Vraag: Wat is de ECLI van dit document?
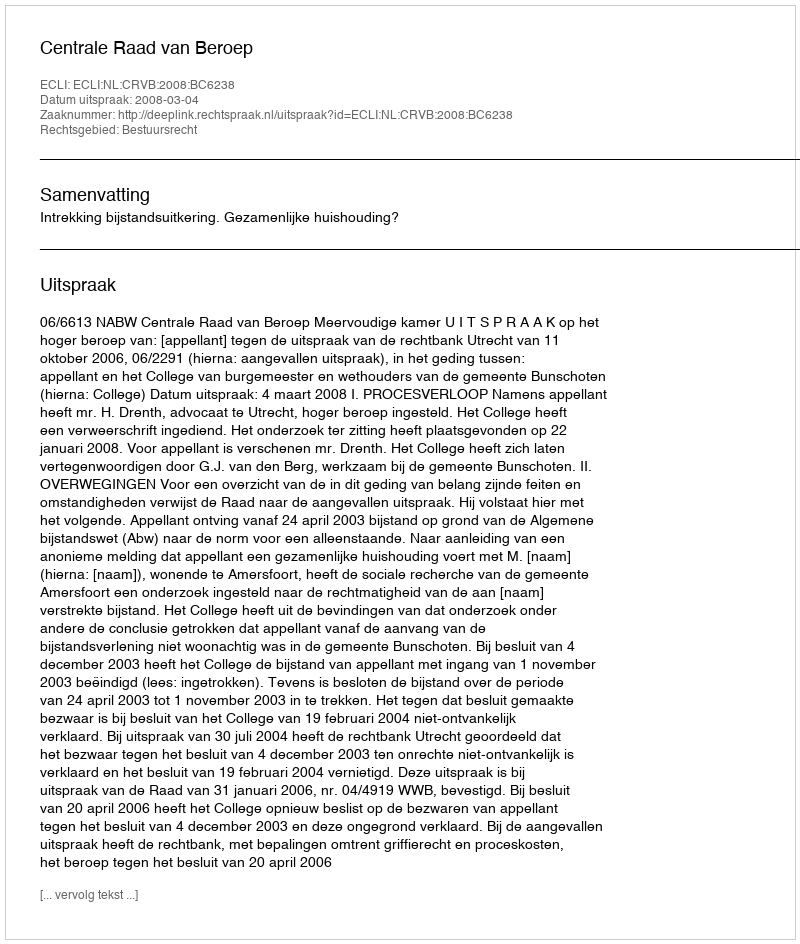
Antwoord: ECLI:NL:CRVB:2008:BC6238